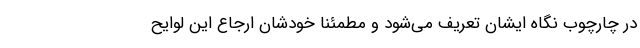
در چارچوب نگاه ایشان تعریف می‌شود و مطمئنا خودشان ارجاع این لوایح